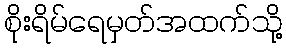
စိုးရိမ်ရေမှတ်အထက်သို့